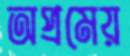
অপ্রমেয়